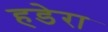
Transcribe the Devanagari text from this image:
हडेरा